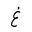
Letter: _gayn